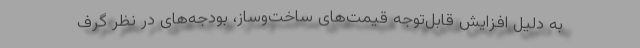
به دلیل افزایش قابل‌توجه قیمت‌های ساخت‌وساز، بودجه‌های در نظر گرف